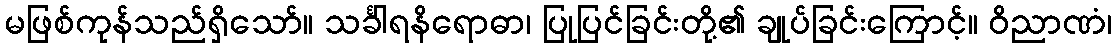
မဖြစ်ကုန်သည်ရှိသော်။ သင်္ခါရနိရောဓာ၊ ပြုပြင်ခြင်းတို့၏ ချုပ်ခြင်းကြောင့်။ ဝိညာဏံ၊